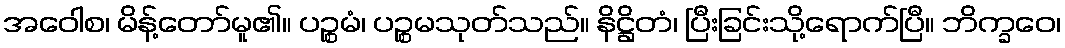
အဝေါစ၊ မိန့်တော်မူ၏။ ပဉ္စမံ၊ ပဉ္စမသုတ်သည်။ နိဋ္ဌိတံ၊ ပြီးခြင်းသို့ရောက်ပြီ။ ဘိက္ခဝေ၊